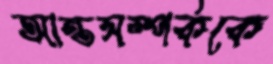
আন্তসম্পর্ককে